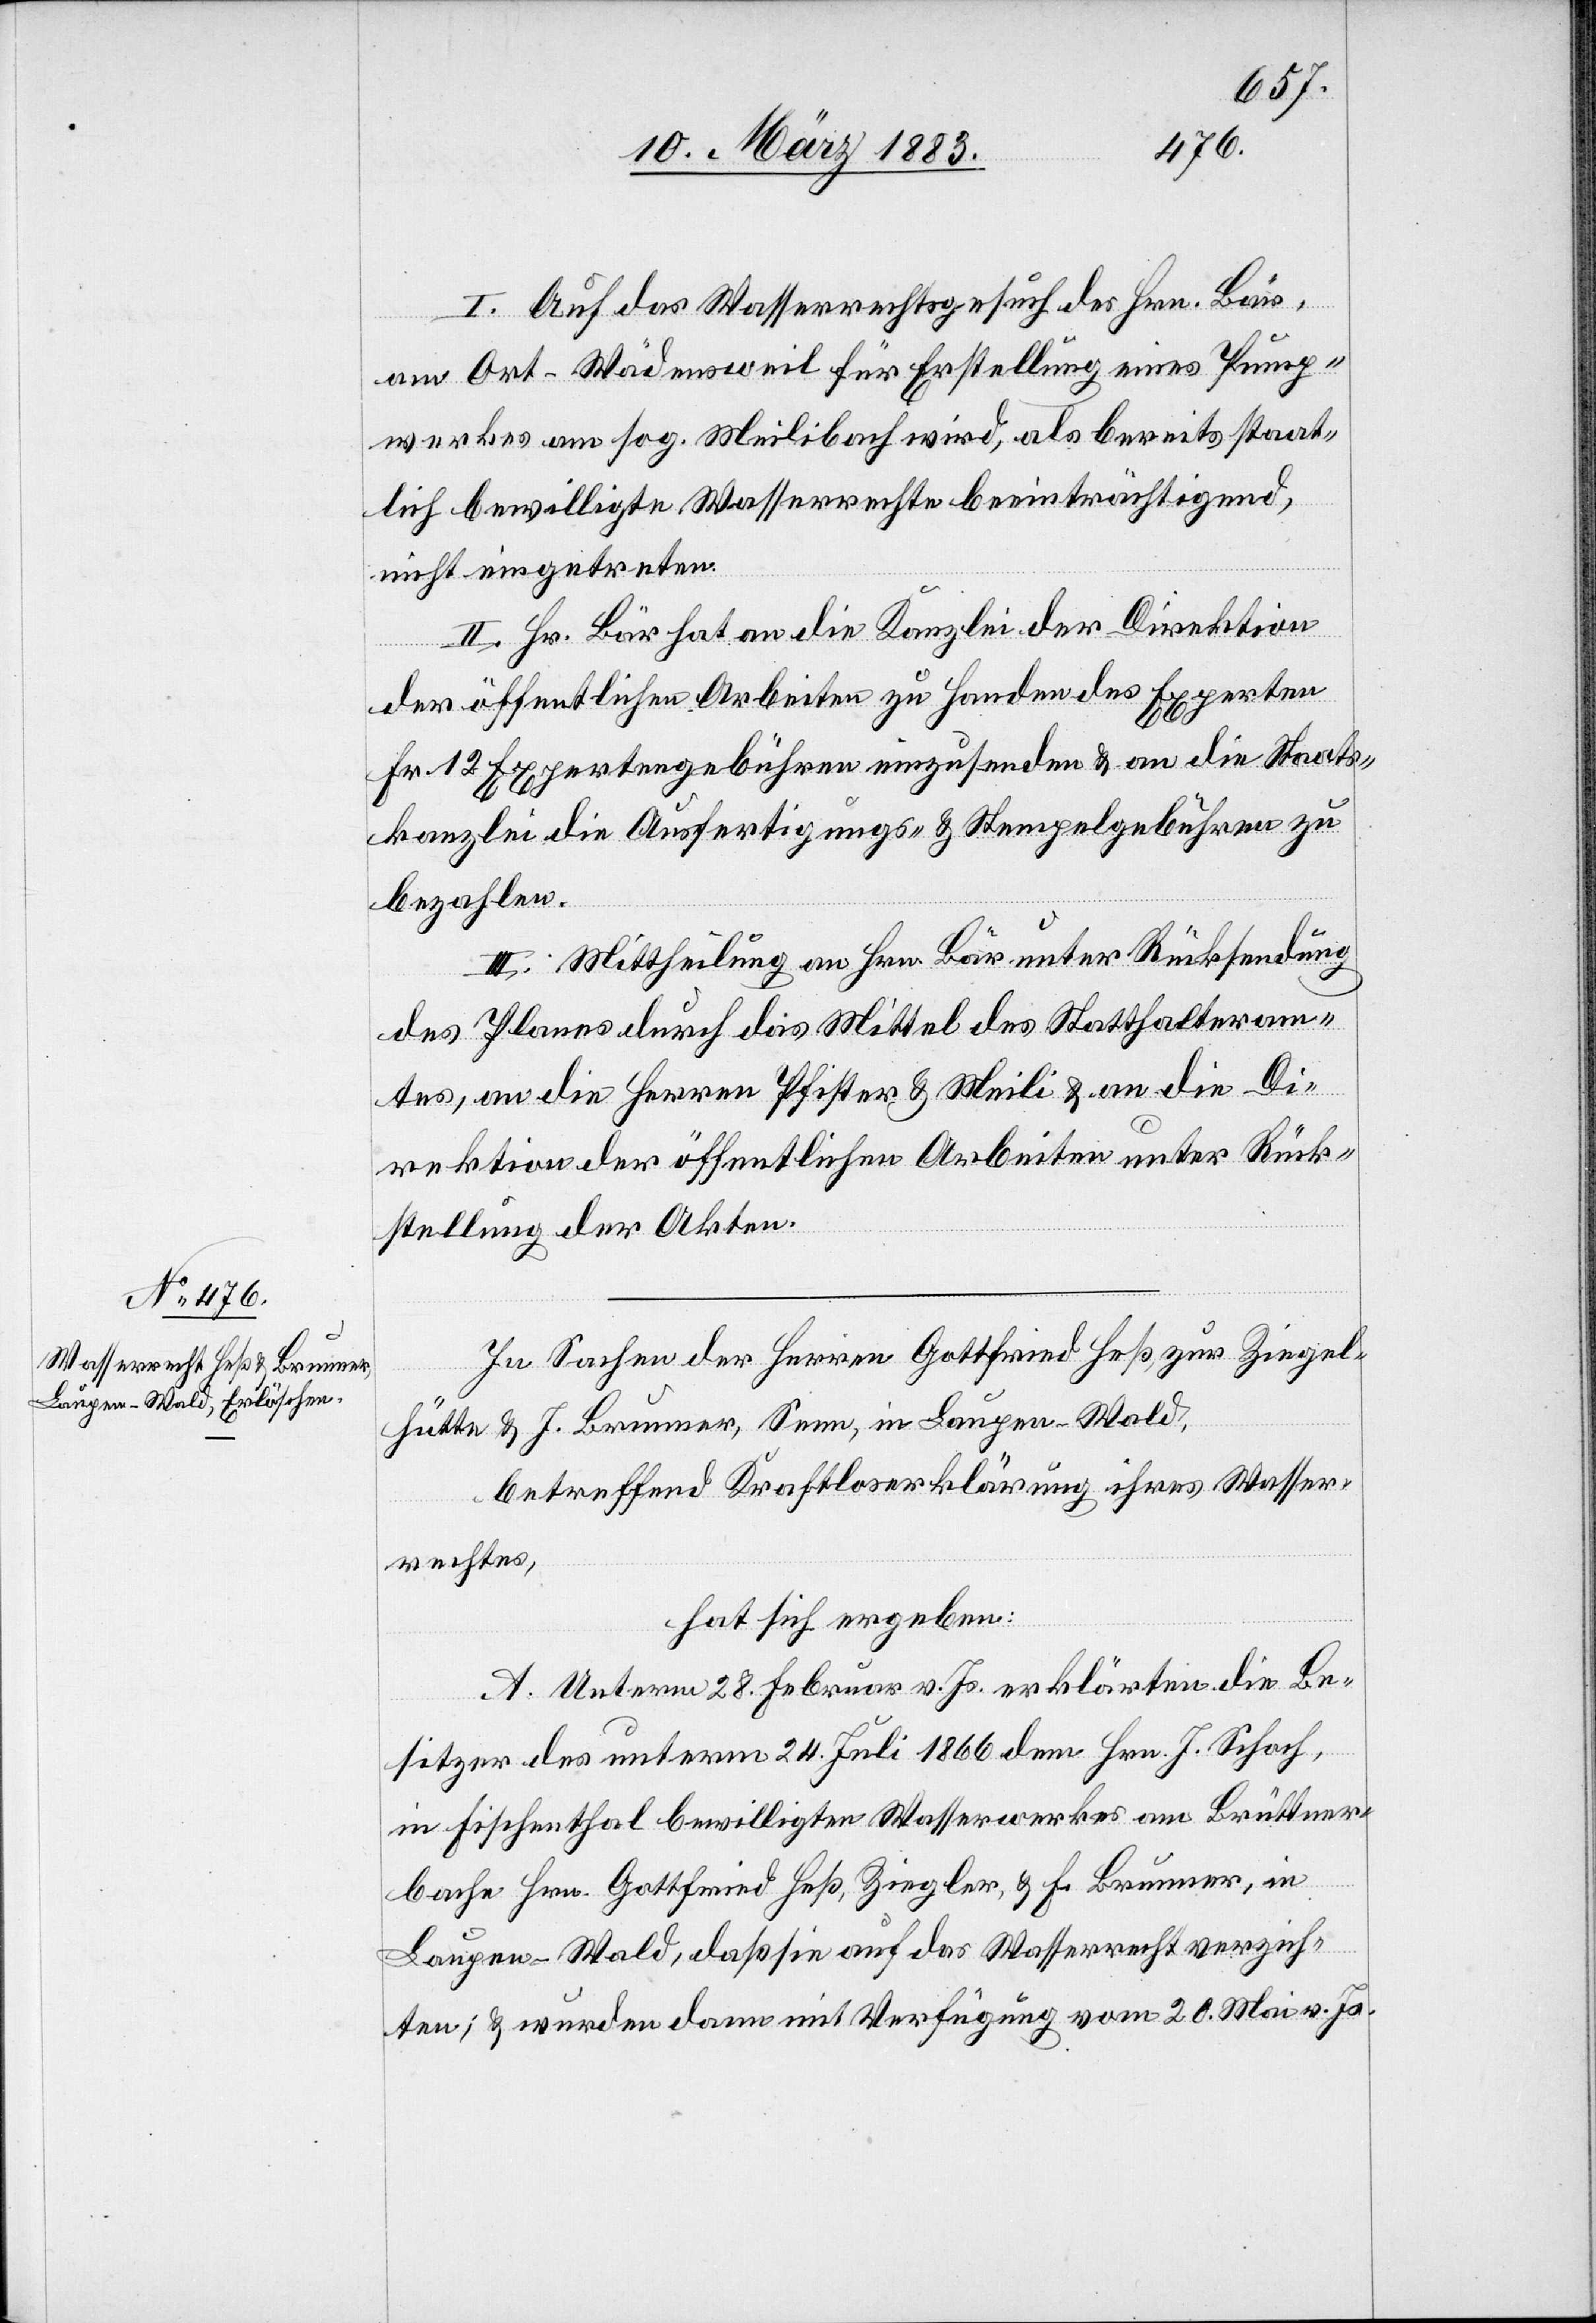
3.

1882,
6. März 1880
Direktion der öffentlichen Arbeiten unter Rücks¬
Berichtes
hat sich ergeben: